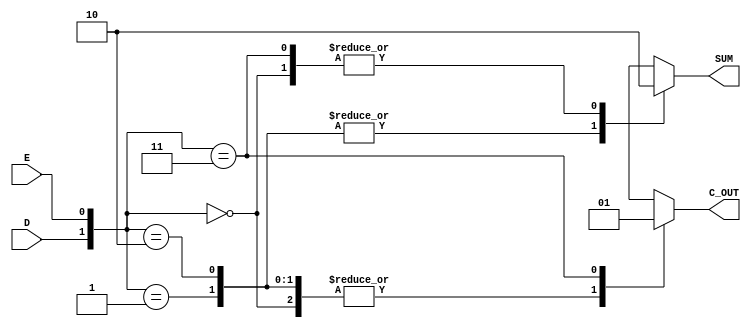
`timescale 1ns / 1ps

module half_adder(input D,input E, output reg C_OUT, SUM);

always @ (*)
begin
    case ({D, E})
        2'b00 : begin SUM = 0; C_OUT = 0; end
        2'b01 : begin SUM = 1; C_OUT = 0; end // XOR function for D and E
        2'b10 : begin SUM = 1; C_OUT = 0; end
        2'b11 : begin SUM = 0; C_OUT = 1; end // Carry bit if both D and E are 1
    endcase
end 
endmodule